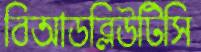
বিআডব্লিউটিসি